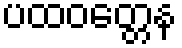
ပထဝတ္တေန